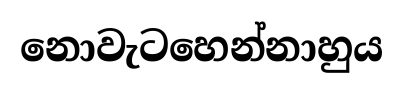
නොවැටහෙන්නාහුය